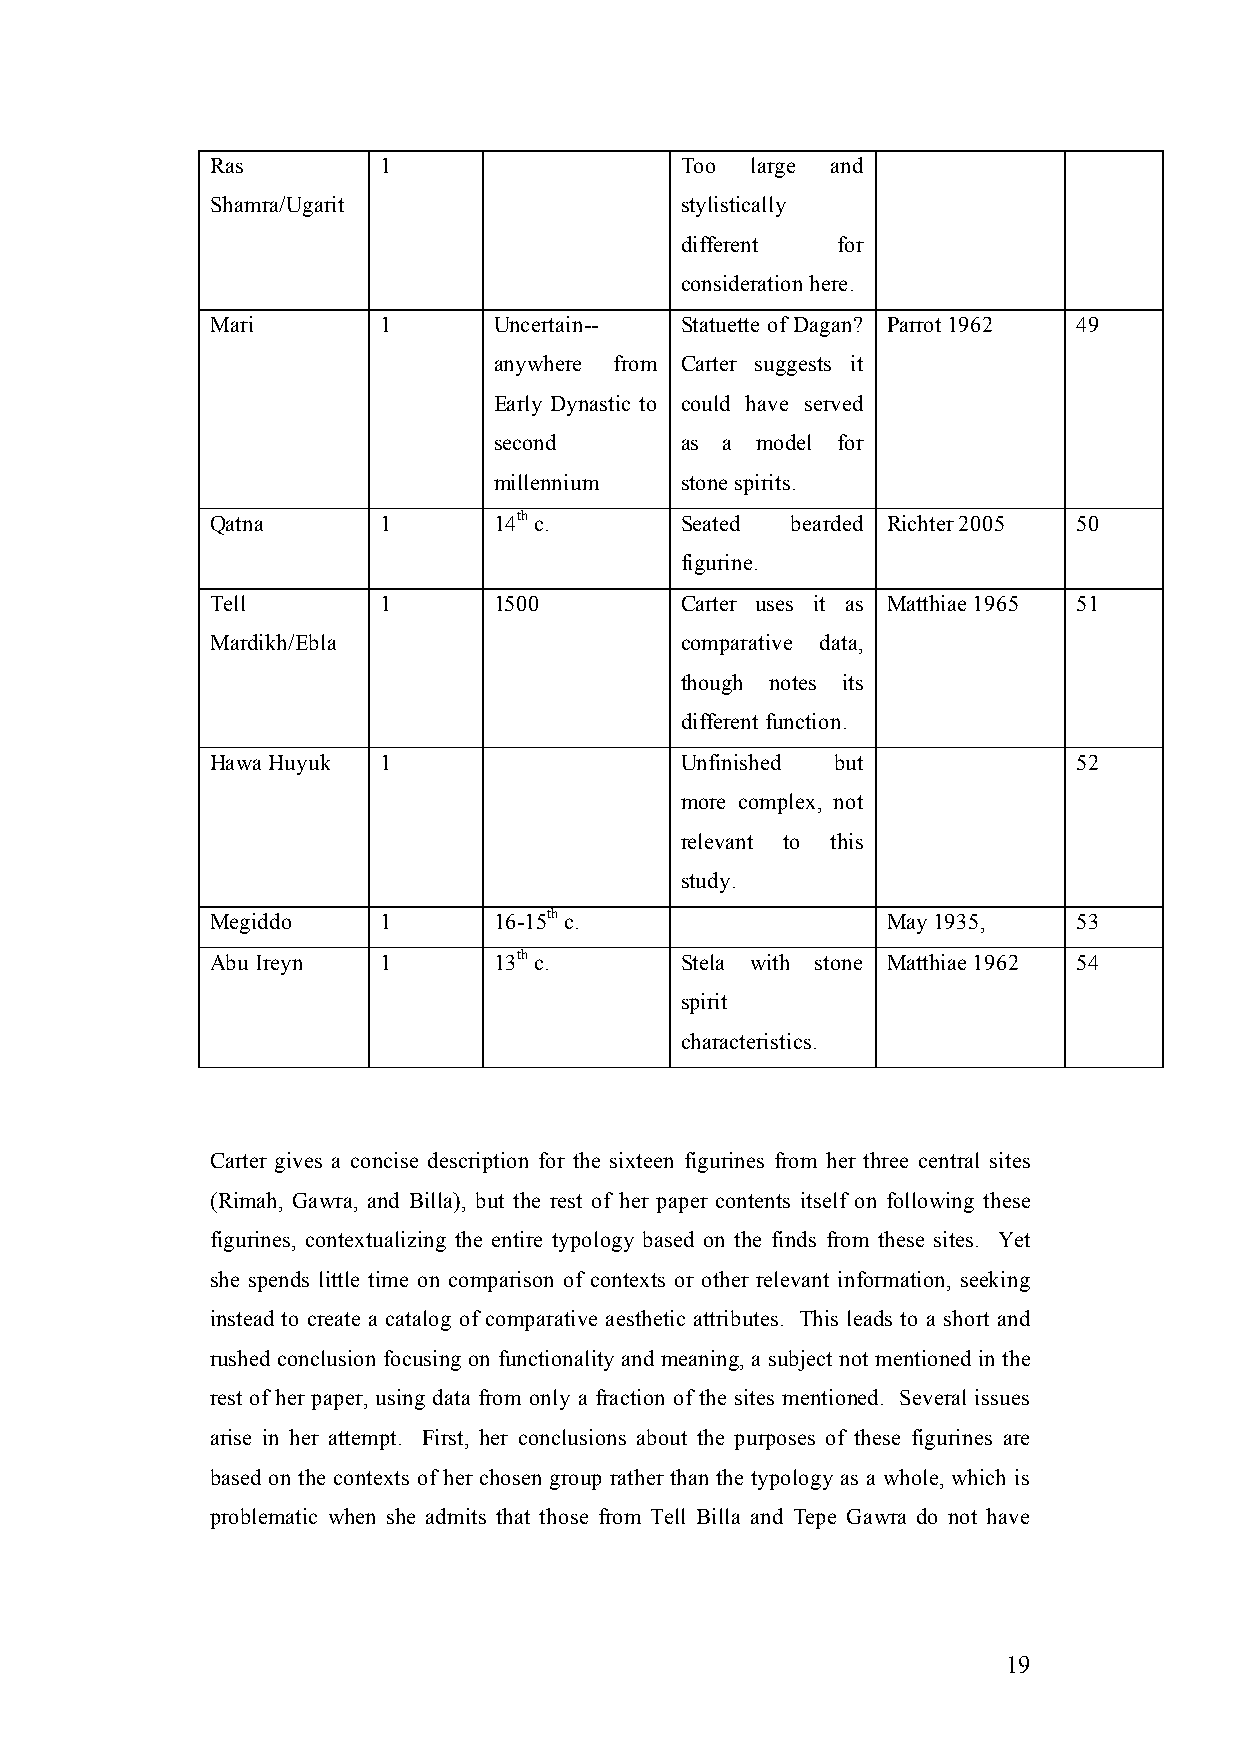
Ras        1                   Too  large and
 Shamra/Ugarit                  stylistically
 different for
 consideration here.
 Mari       1       Uncertain-- Statuette of Dagan? Parrot 1962 49
 anywhere from Carter suggests it
 Early Dynastic to could have served
 second      as a model for
 millennium  stone spirits.
 Qatna      1       14th c.     Seated bearded Richter 2005 50
 figurine.
 Tell       1       1500        Carter uses it as Matthiae 1965 51
 Mardikh/Ebla                   comparative data,
 though notes its
 different function.
 Hawa Huyuk 1                   Unfinished but            52
 more complex, not
 relevant to this
 study.
 Megiddo    1       16-15th c.                May 1935,   53
 Abu Ireyn  1       13th c.     Stela with stone Matthiae 1962 54
 spirit
 characteristics.
 Carter gives a concise description for the sixteen figurines from her three central sites
 (Rimah, Gawra, and Billa), but the rest of her paper contents itself on following these
 figurines, contextualizing the entire typology based on the finds from these sites. Yet
 she spends little time on comparison of contexts or other relevant information, seeking
 instead to create a catalog of comparative aesthetic attributes. This leads to a short and
 rushed conclusion focusing on functionality and meaning, a subject not mentioned in the
 rest of her paper, using data from only a fraction of the sites mentioned. Several issues
 arise in her attempt. First, her conclusions about the purposes of these figurines are
 based on the contexts of her chosen group rather than the typology as a whole, which is
 problematic when she admits that those from Tell Billa and Tepe Gawra do not have
 19